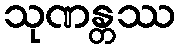
သုဏန္တဿ